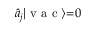
\hat { a } _ { j } | \textrm { v a c } \rangle { = } 0